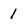
Character: 1